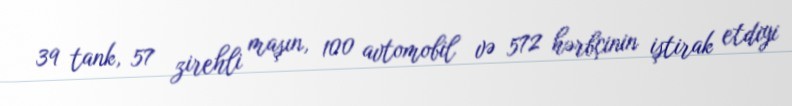
39 tank, 57 zirehli maşın, 100 avtomobil və 572 hərbçinin iştirak etdiyi